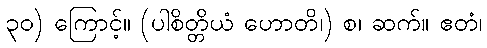
၃၀) ကြောင့်။ (ပါစိတ္တိယံ ဟောတိ၊) စ၊ ဆက်။ ဧတံ၊